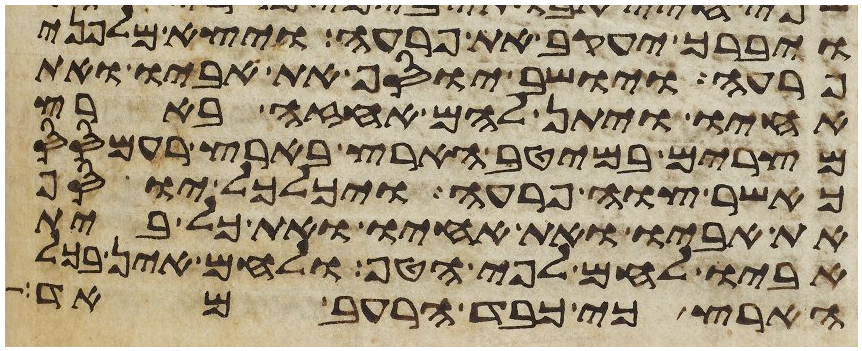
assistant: ויברך יעקב את פרעה ויצא מלפני
פרעה ויושב יוסף את אביו ואת
אחיו ויתן להם אחזה בארץ
מצרים במיטב הארץ בארץ רעמסס
כאשר צוה פרעה ויכלכל יוסף
את אביו ואת אחיו ואת כל בית
אביו לחם לפי הטף ולחם אין בכל
הארץ כי כבד הרעב מאד